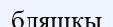
бляшкы